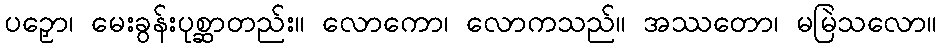
ပဉှော၊ မေးခွန်းပုစ္ဆာတည်း။ လောကော၊ လောကသည်။ အဿတော၊ မမြဲသလော။